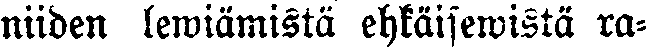
niiden lewiämistä ehkäisewistä ra-